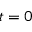
t = 0